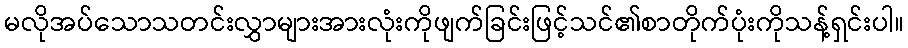
မလိုအပ်သောသတင်းလွှာများအားလုံးကိုဖျက်ခြင်းဖြင့်သင်၏စာတိုက်ပုံးကိုသန့်ရှင်းပါ။